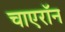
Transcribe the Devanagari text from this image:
चाएरॉन